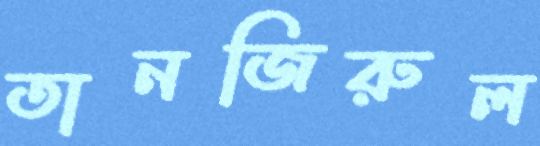
তানজিরুল